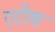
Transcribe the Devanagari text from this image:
एटीक